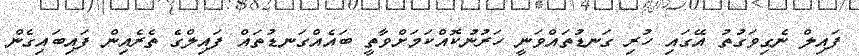
ފައިލް ނެގިވަގުތު އޭގައި ހުރި ގަނޑުތައްވަނީ ހަރުނުކޮއްކަމަށްވާތީ ބައެއްގަނޑުތައް ފައިލްގެ ތެރެއިން ފައިބައިގެން